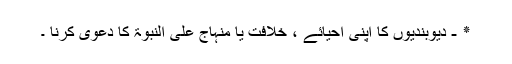
٭ - دیوبندیوں کا اپنی احیائے ، خلافت یا منہاج علیٰ النبوۃ کا دعویٰ کرنا ۔